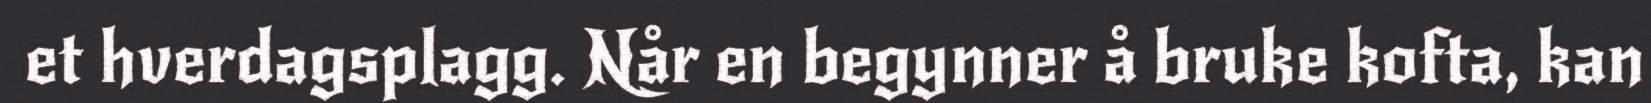
et hverdagsplagg. Når en begynner å bruke kofta, kan